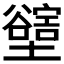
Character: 𡓛